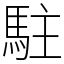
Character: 駐